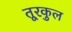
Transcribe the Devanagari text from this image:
तूरकुल